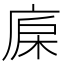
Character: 𣒷